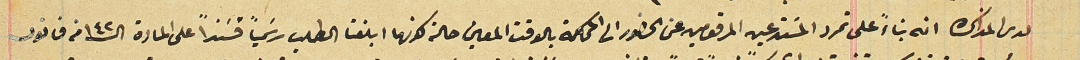
لدى المذكره انه بناءً على تمرد المسَتدعين المرقومين عن الحضور الى المحاكمة بالوقت المعين حالة كونهما ابلغتا الطلب رسَمياً فسنداً على المادة الـ ١٤٢ من قانون